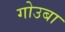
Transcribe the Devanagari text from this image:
गोउबा